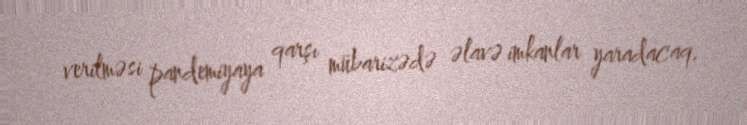
verilməsi pandemiyaya qarşı mübarizədə əlavə imkanlar yaradacaq.